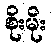
စိုးမိုး